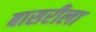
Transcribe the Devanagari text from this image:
बासरीला